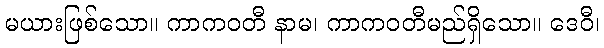
မယားဖြစ်သော။ ကာကဝတီ နာမ၊ ကာကဝတီမည်ရှိသော။ ဒေဝီ၊